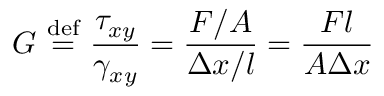
G \ { \stackrel { \mathrm { d e f } } { = } } \ { \frac { \tau _ { x y } } { \gamma _ { x y } } } = { \frac { F / A } { \Delta x / l } } = { \frac { F l } { A \Delta x } }